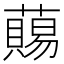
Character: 𧀩